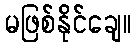
မဖြစ်နိုင်ချေ။